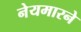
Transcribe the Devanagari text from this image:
नेयमारने